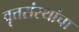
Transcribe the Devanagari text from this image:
वृत्तसंस्थांचा